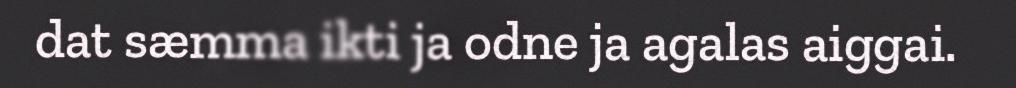
dat sæmma ikti ja odne ja agalas aiggai.